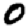
Digit: 0